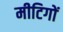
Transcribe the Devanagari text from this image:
मीटिगों